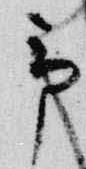
予